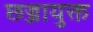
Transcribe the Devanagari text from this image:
छज्जायुक्त